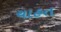
ચાહત